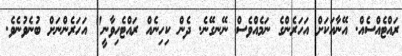
ރައްޓެއްސެއް. އޭނާއަކަށް އަހަރެންގެ ނަމެއްވެސް ނޭނގޭނެ. ދެން ކިހިނެއް ރައްޓެހިވާނީ" އަހަރެންނަށް ބުނެވުނެވެ.